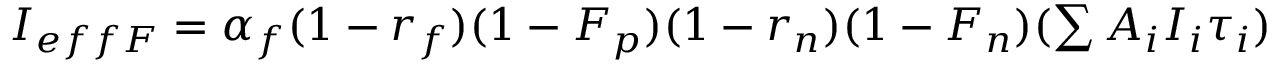
\begin{array} { r } { I _ { e f f F } = \alpha _ { f } ( 1 - r _ { f } ) ( 1 - F _ { p } ) ( 1 - r _ { n } ) ( 1 - F _ { n } ) ( \sum { A _ { i } I _ { i } \tau _ { i } } ) } \end{array}